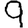
Digit: 9